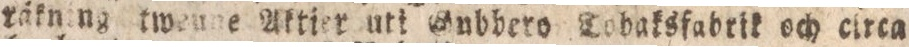
räkning twenne Aktier uti Gubbero Tobaksfabrit och circa